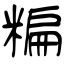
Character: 糄